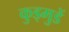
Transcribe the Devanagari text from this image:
कुड्मुडें